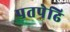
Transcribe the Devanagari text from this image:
पतपेढि